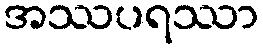
အဿပရဿာ